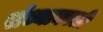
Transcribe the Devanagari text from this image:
संध्याकाली